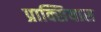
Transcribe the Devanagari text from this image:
प्राक्सियास